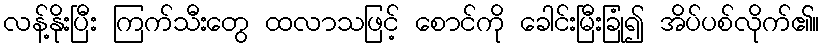
လန့်နိုးပြီး ကြက်သီးတွေ ထလာသဖြင့် စောင်ကို ခေါင်းမြီးခြုံ၍ အိပ်ပစ်လိုက်၏။